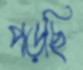
পড়ছি